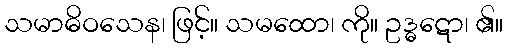
သမာဓိဝသေန၊ ဖြင့်။ သမထော၊ ကို။ ဥဒ္ဓဋော၊ ၏။